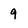
Character: 9